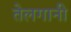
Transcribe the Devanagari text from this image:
तेलगानी